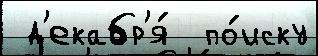
 д'екабр'я́  по́иску